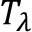
{ T } _ { \ensuremath { \lambda } }